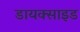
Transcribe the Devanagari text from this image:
डायक्साइड